Indian journal of veterinary science and animal husbandry - Volume 4,
Year: 1934
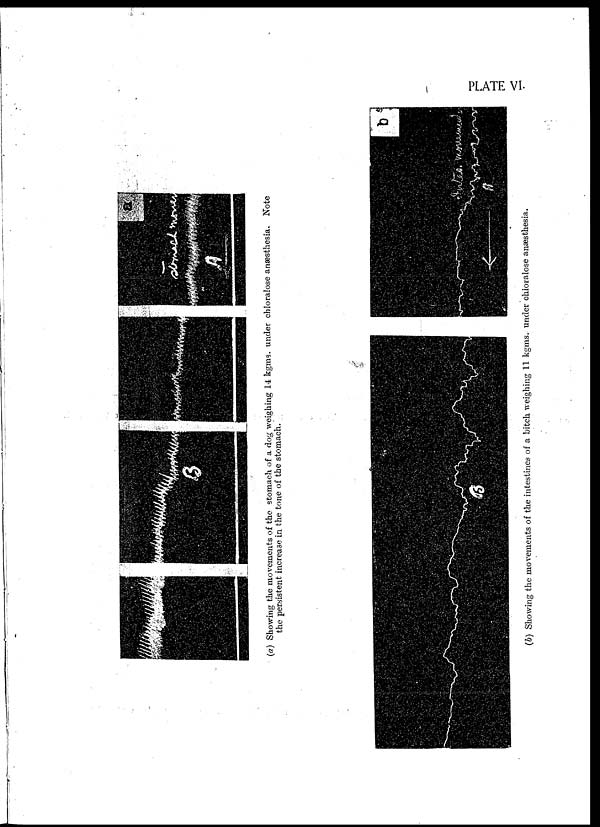
PLATE VI.
(a) Showing the movements of the stomach of a dog weighing 14 kgms. under chloralose anaesthesia. Note
the persistent increase in the tone of the stomach.
(b) Showing the movements of the intestines of a bitch weighing 11 kgms.
under chloralose anæsthesia.